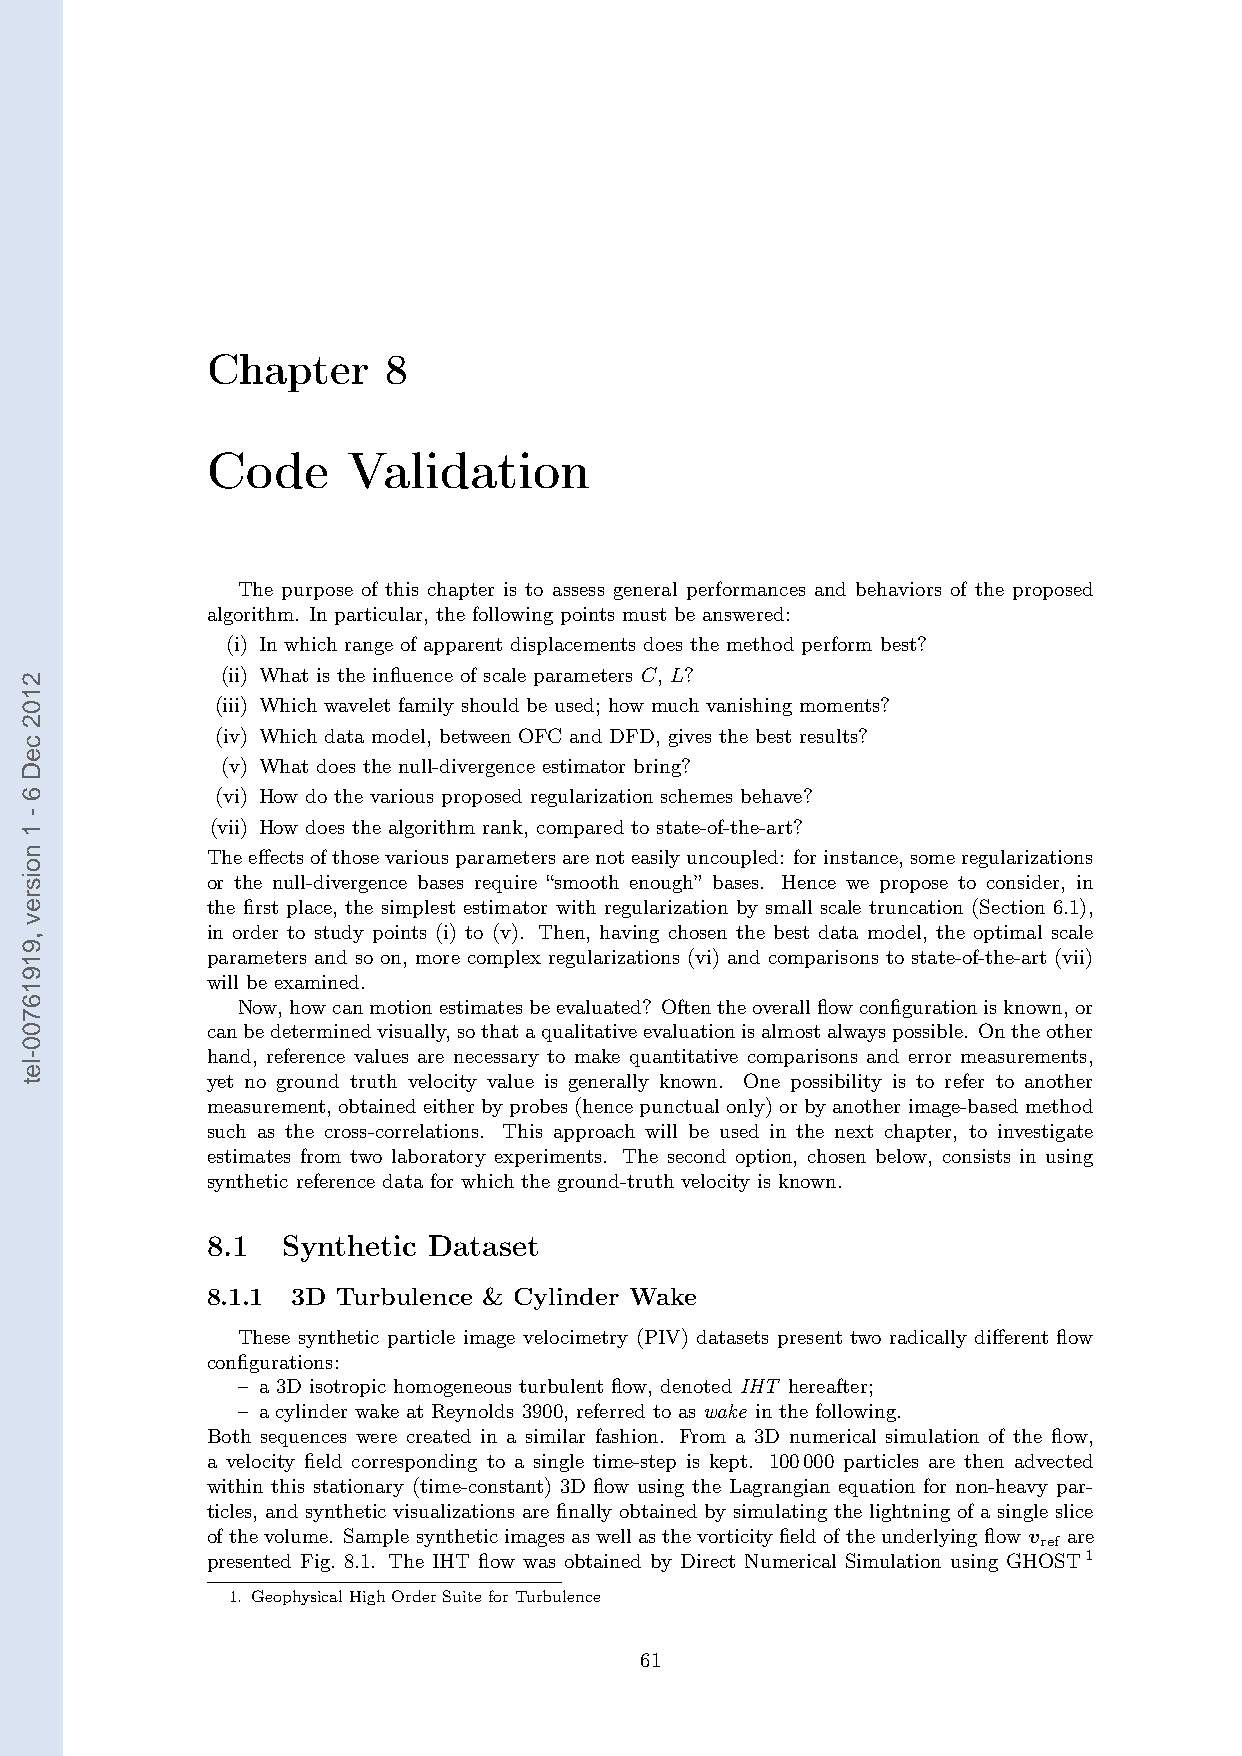
Chapter     8
 Code     Validation
 The purpose of this chapter is to assess general performances and behaviors of the proposed
 algorithm. In particular, the following points must be answered:
 (i) In which range of apparent displacements does the method perform best?
 (ii) What is the influence of scale parameters C, L?
 (iii) Which wavelet family should be used; how much vanishing moments?
 (iv) Which data model, between OFC and DFD, gives the best results?
 (v) What does the null-divergence estimator bring?
 (vi) How do the various proposed regularization schemes behave?
 (vii) How does the algorithm rank, compared to state-of-the-art?
 Theeffectsofthosevariousparametersarenoteasilyuncoupled: forinstance,someregularizations
 or the null-divergence bases require “smooth enough” bases. Hence we propose to consider, in
 the first place, the simplest estimator with regularization by small scale truncation (Section 6.1),
 in order to study points (i) to (v). Then, having chosen the best data model, the optimal scale
 parameters and so on, more complex regularizations (vi) and comparisons to state-of-the-art (vii)
 will be examined.
 Now,howcanmotionestimatesbeevaluated? Oftentheoverallflowconfigurationisknown,or
 canbedeterminedvisually,sothataqualitativeevaluationisalmostalwayspossible. Ontheother
 hand, reference values are necessary to make quantitative comparisons and error measurements,
 yet no ground truth velocity value is generally known. One possibility is to refer to another
 measurement, obtained either by probes (hence punctual only) or by another image-based method
 such as the cross-correlations. This approach will be used in the next chapter, to investigate
 estimates from two laboratory experiments. The second option, chosen below, consists in using
 synthetic reference data for which the ground-truth velocity is known.
 8.1  Synthetic Dataset
 8.1.1 3D Turbulence & Cylinder Wake
 These synthetic particle image velocimetry (PIV) datasets present two radically different flow
 configurations:
 – a 3D isotropic homogeneous turbulent flow, denoted IHT hereafter;
 – a cylinder wake at Reynolds 3900, referred to as wake in the following.
 Both sequences were created in a similar fashion. From a 3D numerical simulation of the flow,
 a velocity field corresponding to a single time-step is kept. 100000 particles are then advected
 within this stationary (time-constant) 3D flow using the Lagrangian equation for non-heavy par-
 ticles, and synthetic visualizations are finally obtained by simulating the lightning of a single slice
 ofthevolume. Samplesyntheticimagesaswellasthevorticityfieldoftheunderlyingflowv are
 ref
 presented Fig. 8.1. The IHT flow was obtained by Direct Numerical Simulation using GHOST1
 1. GeophysicalHighOrderSuiteforTurbulence
 61
 2102
 ceD
 6
 -
 1
 noisrev
 ,91916700-let